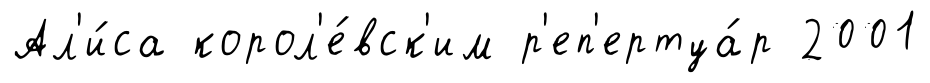
Ал'и́са корол'е́вск'им р'еп'ертуа́р 2001